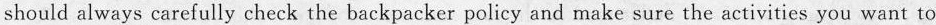
should always carefully check the backpacker policy and make sure the activities you want to